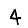
Digit: 4